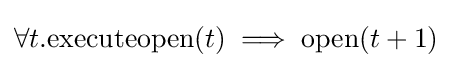
\forall t.\mathrm {executeopen} (t)\implies \mathrm {open} (t+1)